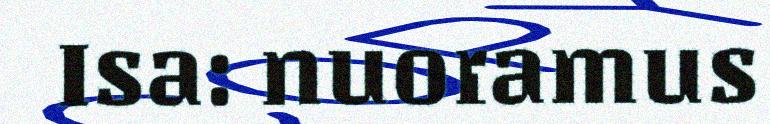
Isa: nuoramus